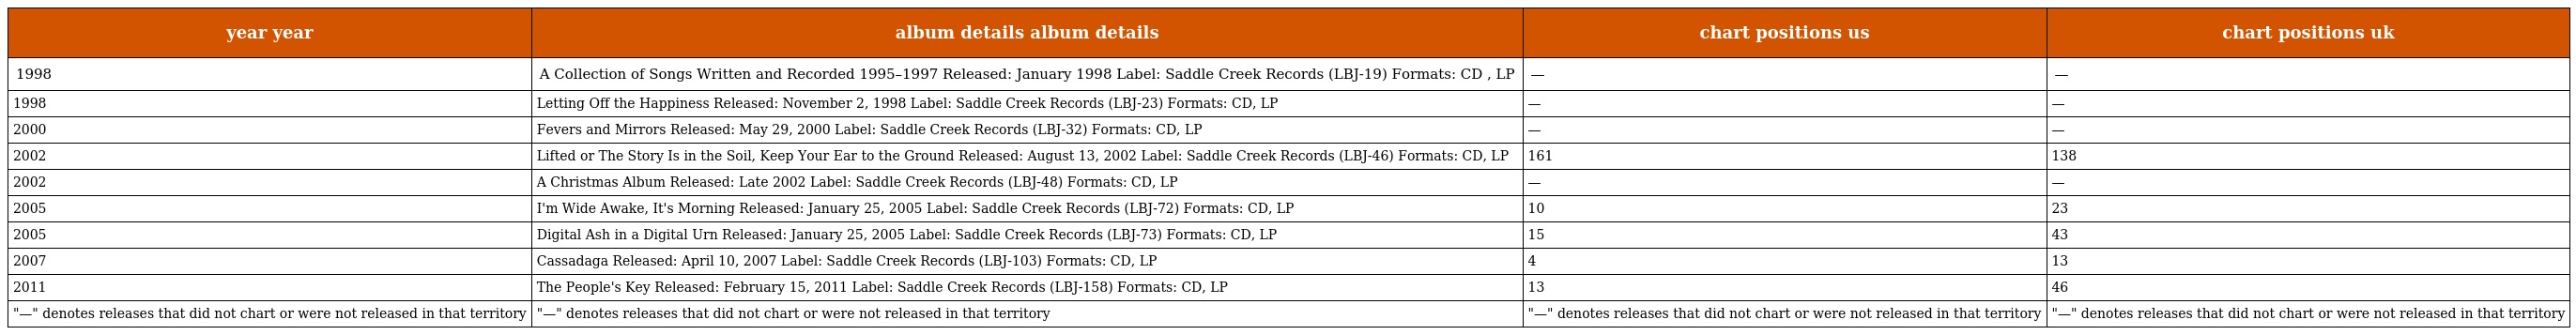
| year year | album details album details | chart positions us | chart positions uk |
 | --- | --- | --- | --- |
 | 1998 | A Collection of Songs Written and Recorded 1995–1997 Released: January 1998 Label: Saddle Creek Records (LBJ-19) Formats: CD , LP | — | — |
 | 1998 | Letting Off the Happiness Released: November 2, 1998 Label: Saddle Creek Records (LBJ-23) Formats: CD, LP | — | — |
 | 2000 | Fevers and Mirrors Released: May 29, 2000 Label: Saddle Creek Records (LBJ-32) Formats: CD, LP | — | — |
 | 2002 | Lifted or The Story Is in the Soil, Keep Your Ear to the Ground Released: August 13, 2002 Label: Saddle Creek Records (LBJ-46) Formats: CD, LP | 161 | 138 |
 | 2002 | A Christmas Album Released: Late 2002 Label: Saddle Creek Records (LBJ-48) Formats: CD, LP | — | — |
 | 2005 | I'm Wide Awake, It's Morning Released: January 25, 2005 Label: Saddle Creek Records (LBJ-72) Formats: CD, LP | 10 | 23 |
 | 2005 | Digital Ash in a Digital Urn Released: January 25, 2005 Label: Saddle Creek Records (LBJ-73) Formats: CD, LP | 15 | 43 |
 | 2007 | Cassadaga Released: April 10, 2007 Label: Saddle Creek Records (LBJ-103) Formats: CD, LP | 4 | 13 |
 | 2011 | The People's Key Released: February 15, 2011 Label: Saddle Creek Records (LBJ-158) Formats: CD, LP | 13 | 46 |
 | "—" denotes releases that did not chart or were not released in that territory | "—" denotes releases that did not chart or were not released in that territory | "—" denotes releases that did not chart or were not released in that territory | "—" denotes releases that did not chart or were not released in that territory |